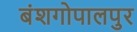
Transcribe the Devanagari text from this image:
बंशगोपालपुर